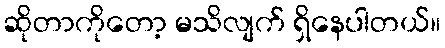
ဆိုတာကိုတော့ မသိလျက် ရှိနေပါတယ်။